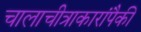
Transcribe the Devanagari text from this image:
चालाचीत्राकारांपैकी